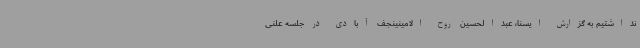
نداشتیم به گزارش ایسنا، عبدالحسین روح الامینینجف آبادی در جلسه علنی